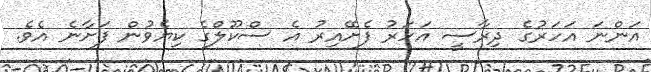
އަންނަ އަހަރުގެ ދިރާސީ އަހަރު ފެށޭއިރު އެ ސްކޫލްގެ ކިޔެވުން ފަށާނެ އެވެ.